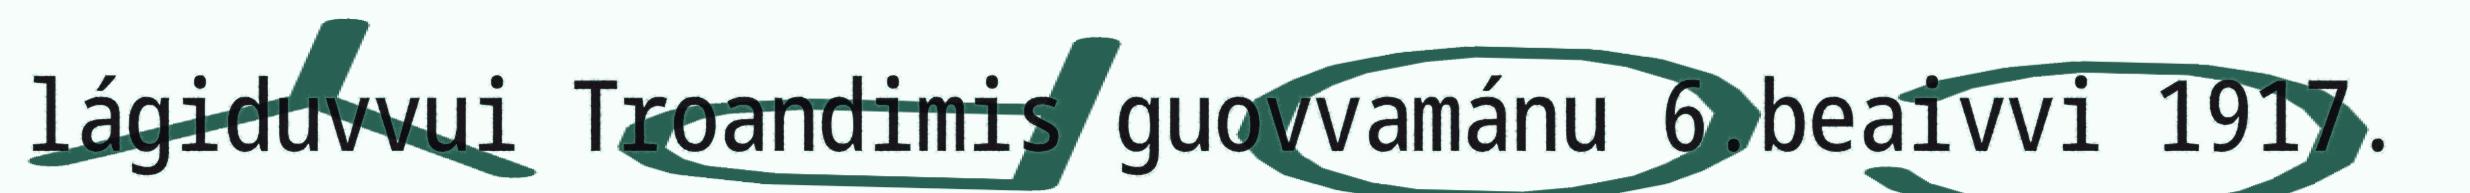
lágiduvvui Troandimis guovvamánu 6.beaivvi 1917.